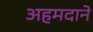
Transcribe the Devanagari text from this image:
अहमदाने